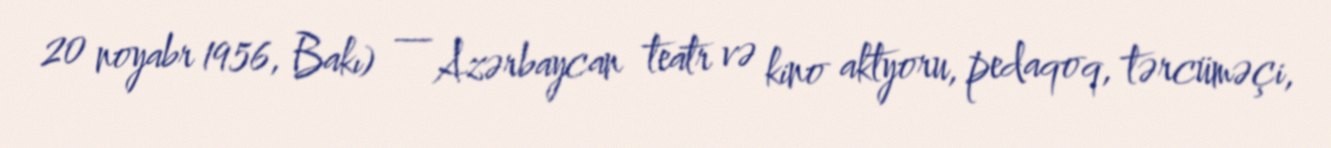
20 noyabr 1956, Bakı) — Azərbaycan teatr və kino aktyoru, pedaqoq, tərcüməçi,